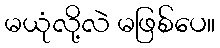
မယုံလို့လဲ မဖြစ်ပေ။